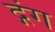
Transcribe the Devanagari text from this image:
द्गंग